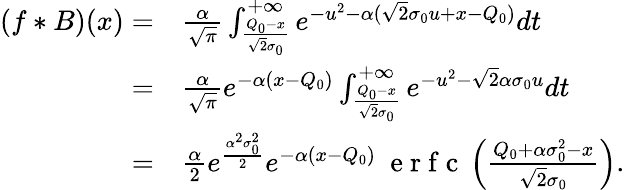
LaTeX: \begin{array}{rl}{(f*B)(x)=}&{{}\frac{\alpha}{\sqrt{\pi}}\int_{\frac{Q_{0}-x}{\sqrt{2}\sigma_{0}}}^{+\infty}e^{-u^{2}-\alpha(\sqrt{2}\sigma_{0}u+x-Q_{0})}dt}\\ {=}&{{}\frac{\alpha}{\sqrt{\pi}}e^{-\alpha(x-Q_{0})}\int_{\frac{Q_{0}-x}{\sqrt{2}\sigma_{0}}}^{+\infty}e^{-u^{2}-\sqrt{2}\alpha\sigma_{0}u}dt}\\ {=}&{{}\frac{\alpha}{2}e^{\frac{\alpha^{2}\sigma_{0}^{2}}{2}}e^{-\alpha(x-Q_{0})}\ \mathrm{~e~r~f~c~}\left(\frac{Q_{0}+\alpha\sigma_{0}^{2}-x}{\sqrt{2}\sigma_{0}}\right).}\end{array}